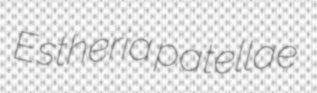
Estheria patellae